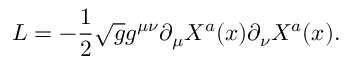
{ \cal L } = - \frac { 1 } { 2 } \sqrt { g } g ^ { \mu \nu } \partial _ { \mu } X ^ { a } ( x ) \partial _ { \nu } X ^ { a } ( x ) .